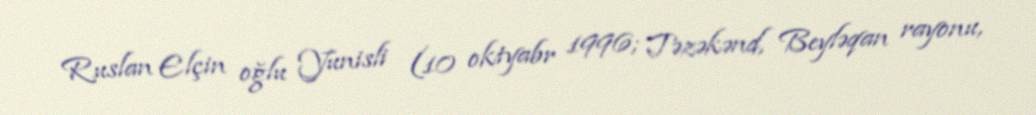
Ruslan Elçin oğlu Yunisli (10 oktyabr 1996; Təzəkənd, Beyləqan rayonu,